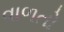
વાળતો